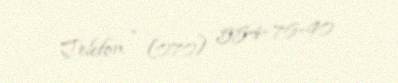
Telefon - (070) 554-76-90